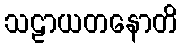
သဠာယတနောတိ